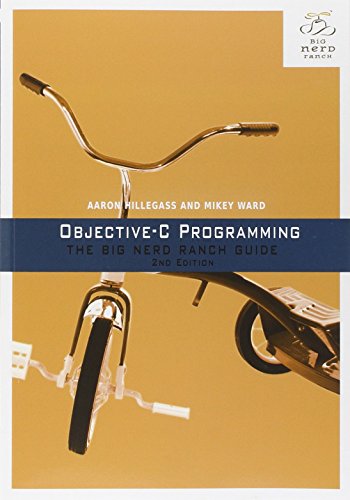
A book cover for Objective-C Programming: The Big Nerd Ranch Guide (2nd Edition) (Big Nerd Ranch Guides); Aaron Hillegass; Computers & Technology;